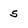
Character: 5